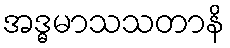
အဒ္ဓမာသသတာနိ